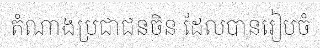
តំណាងប្រជាជនចិន ដែលបានរៀបចំ